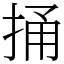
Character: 捅